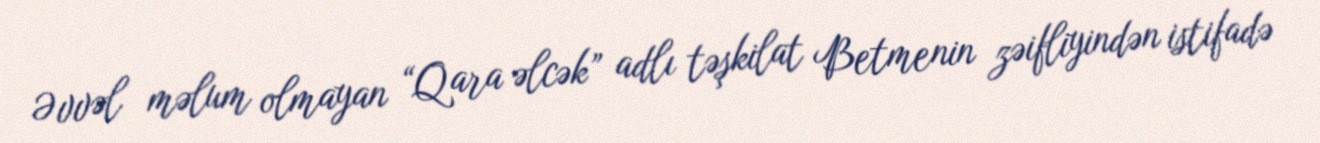
Əvvəl məlum olmayan “Qara əlcək” adlı təşkilat Betmenin zəifliyindən istifadə